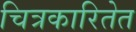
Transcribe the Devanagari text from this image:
चित्रकारितेत